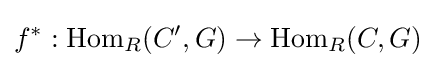
f^{*}:\operatorname {Hom} _{R}(C',G)\to \operatorname {Hom} _{R}(C,G)